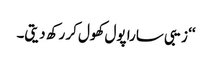
‘‘ زیبی سارا پول کھول کر رکھ دیتی۔